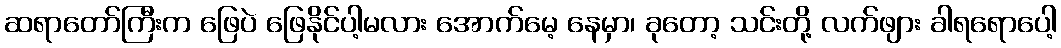
ဆရာတော်ကြီးက ဖြေပဲ ဖြေနိုင်ပါ့မလား အောက်မေ့ နေမှာ၊ ခုတော့ သင်းတို့ လက်ဖျား ခါရရောပေါ့